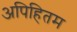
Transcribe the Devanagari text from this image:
अपिहितम